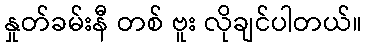
နှုတ်ခမ်းနီ တစ် ဗူး လိုချင်ပါတယ်။